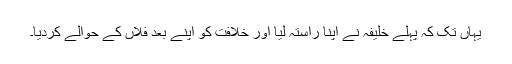
یہاں تک کہ پہلے خلیفہ نے اپنا راستہ لیا اور خلافت کو اپنے بعد فلاں کے حوالے کردیا۔